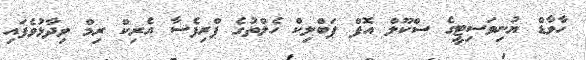
ހާވާޑް ޔުނިވަސިޓީގެ ސްކޫލް އޮފް ޕަބްލިކް ހެލްތުގެ ޕްރިފެސާ އެރިކް ރިމް ވިދާޅުވެފައި